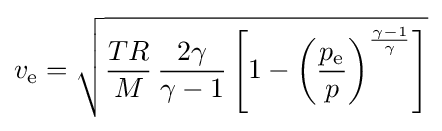
v_{\text{e}}={\sqrt {{\frac {TR}{M}}\,{\frac {2\gamma }{\gamma -1}}\left[1-\left({\frac {p_{\text{e}}}{p}}\right)^{\frac {\gamma -1}{\gamma }}\right]}}